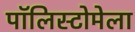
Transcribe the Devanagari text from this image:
पॉलिस्टोमेला